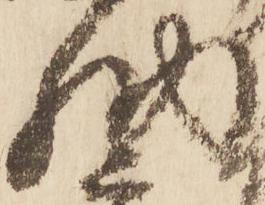
納